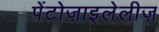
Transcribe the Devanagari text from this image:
पेंटोज़ाइलेलीज़